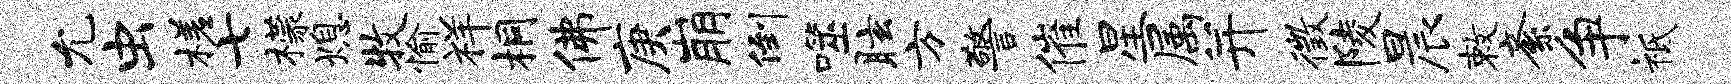
允虫槎七檬熄牧愉祥桐佛庚崩倒噬眩方警催星属并徵陵晨敕紊争祗